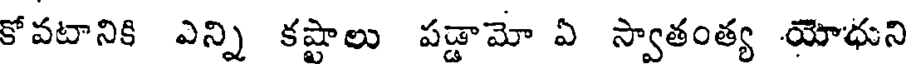
కోవటానికి ఎన్ని కష్టాలు పడ్డామో ఏ స్వాతంత్య యోధుని